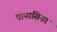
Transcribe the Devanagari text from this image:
पानासिनर